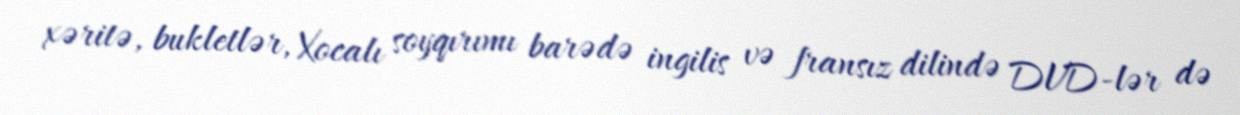
xəritə, bukletlər, Xocalı soyqırımı barədə ingilis və fransız dilində DVD-lər də